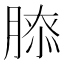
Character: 𦞃